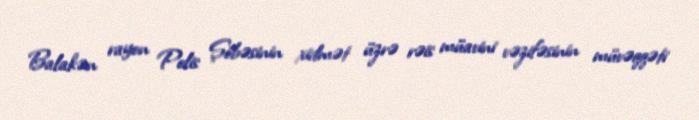
Balakən rayon Polis Şöbəsinin xidmət üzrə rəis müavini vəzifəsinin müvəqqəti